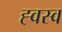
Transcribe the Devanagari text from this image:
ह्वस्व